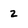
Character: 2